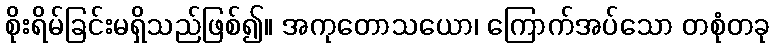
စိုးရိမ်ခြင်းမရှိသည်ဖြစ်၍။ အကုတောသယော၊ ကြောက်အပ်သော တစုံတခု